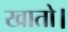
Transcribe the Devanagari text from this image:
खातो।